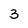
Character: 3